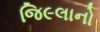
જિ૯લાનો